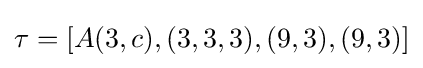
\tau =[A(3,c),(3,3,3),(9,3),(9,3)]